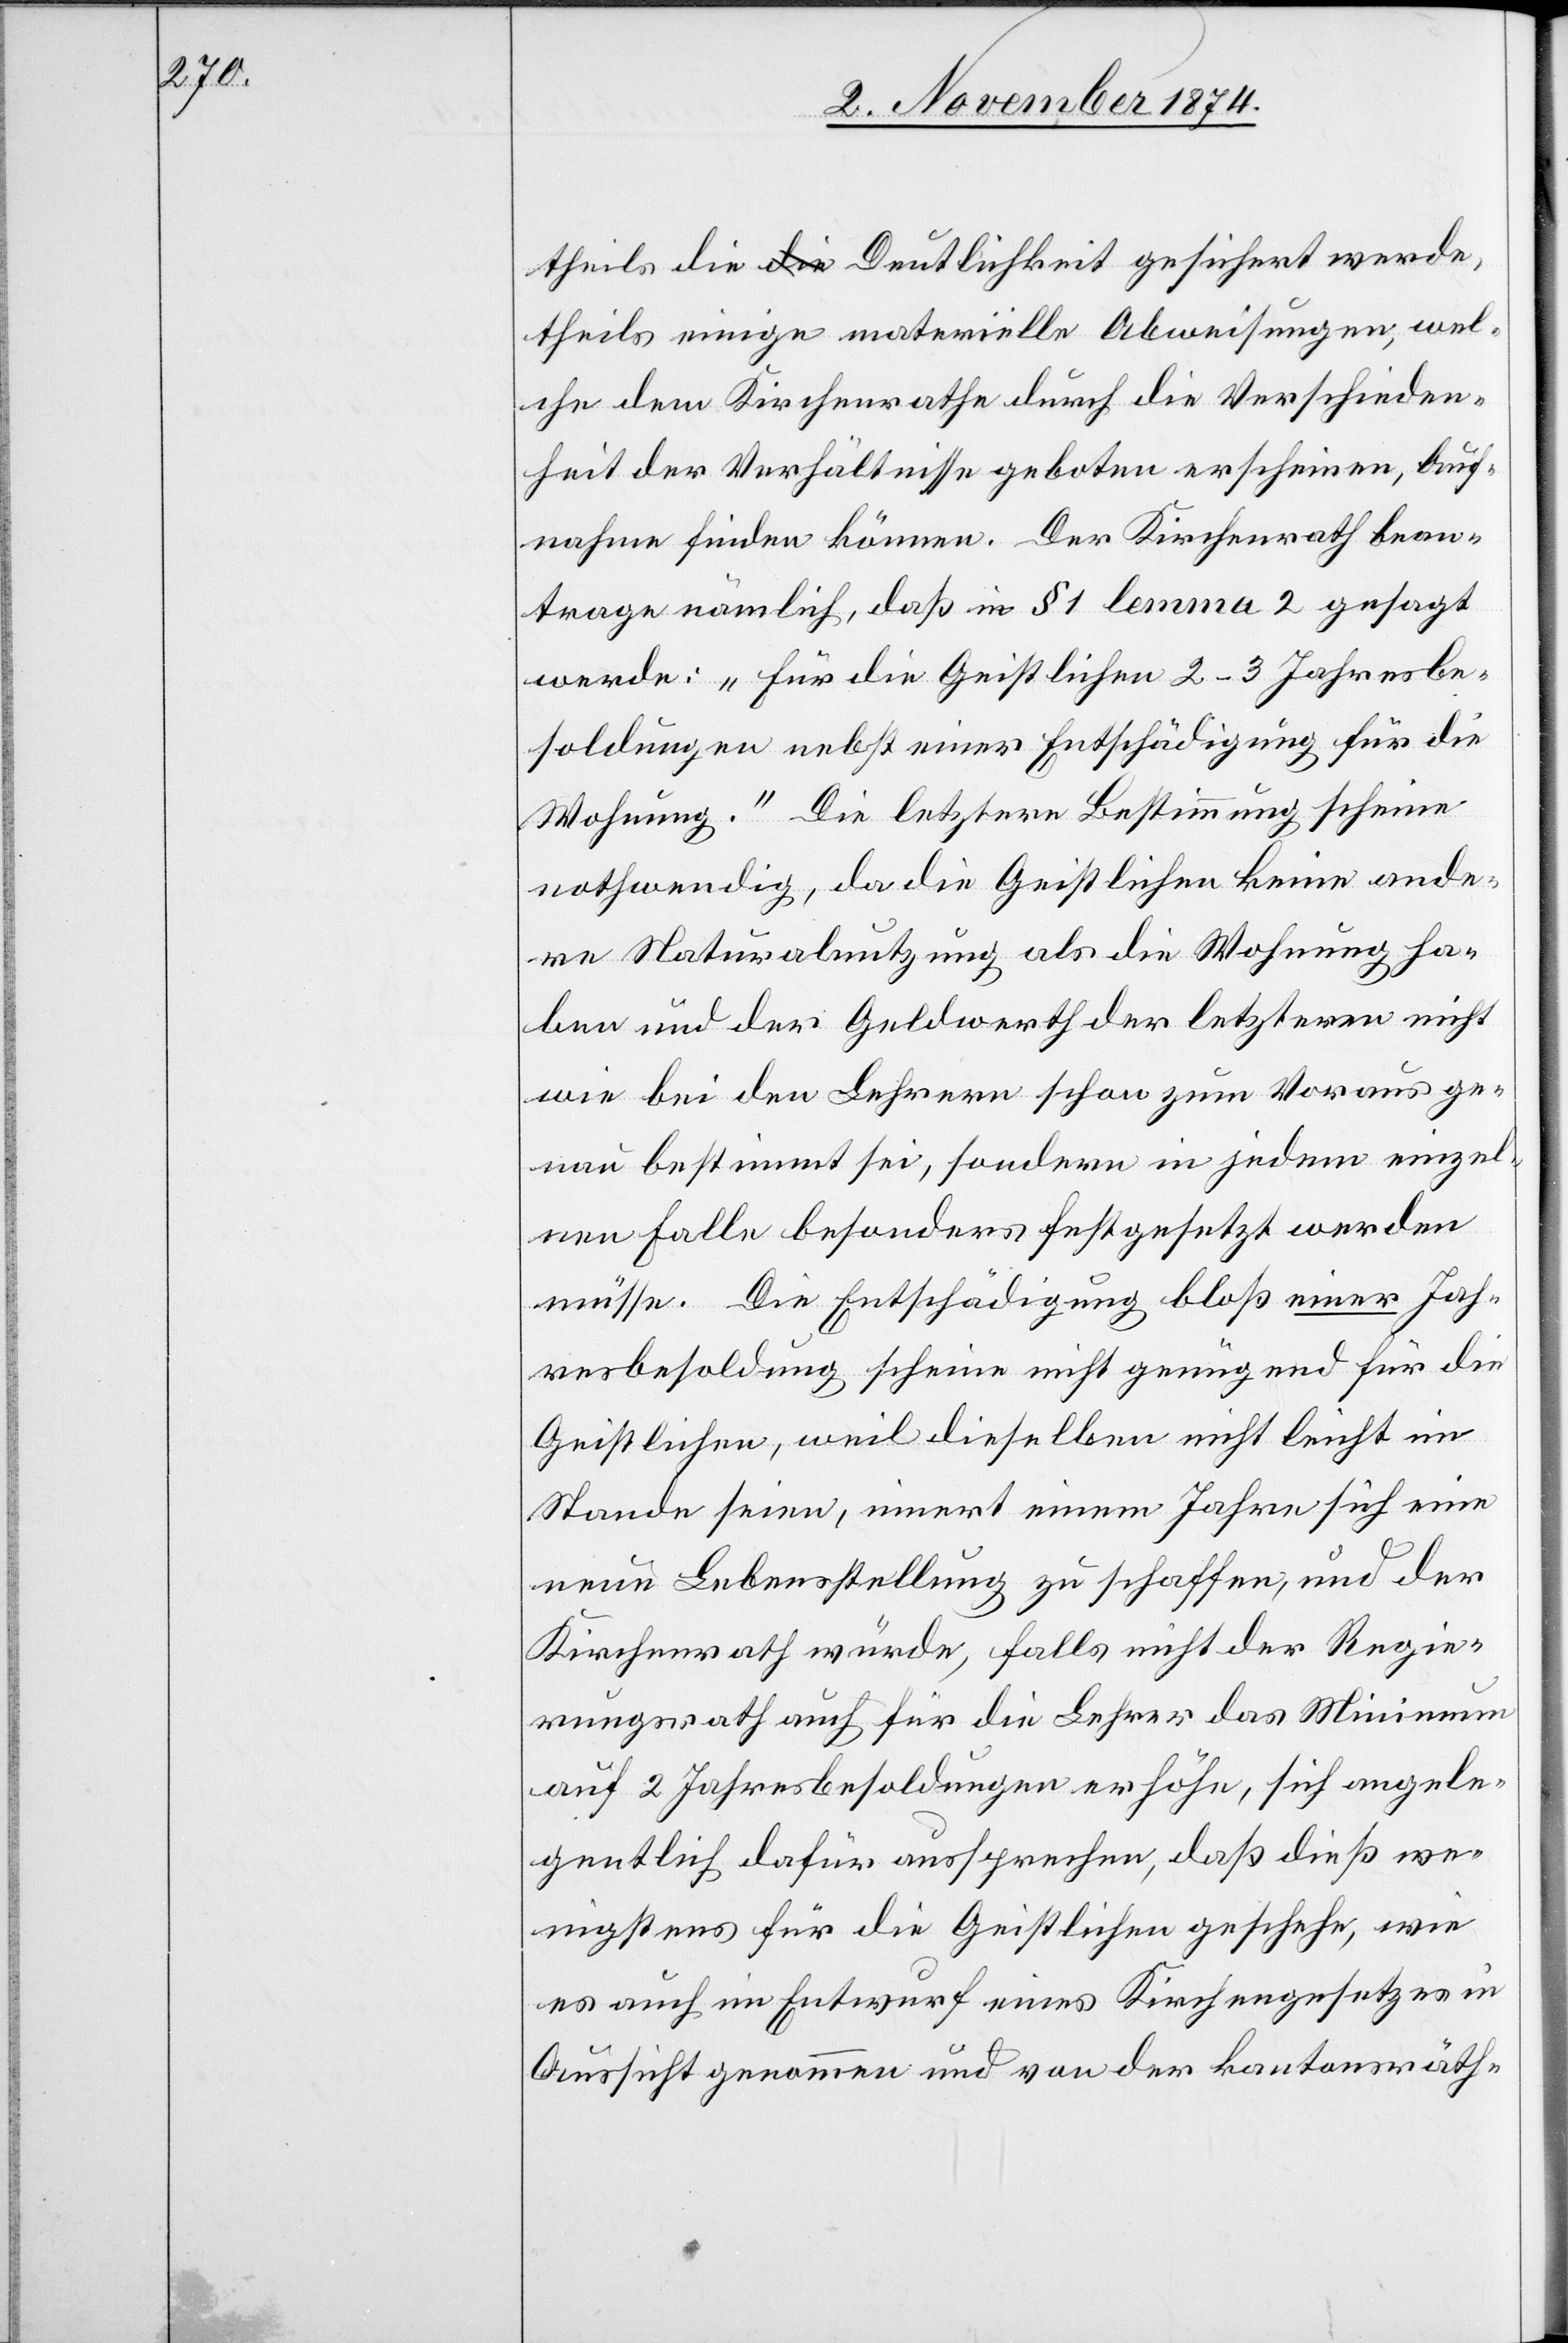
theils die Deutlichkeit gesichert werde,
theils einige materielle Abweisungen, wel¬
che dem Kirchenrathe durch die Verschieden¬
heit der Verhältnisse geboten erscheinen, Auf¬
nahme finden können. Der Kirchenrath bean¬
trage nämlich, daß in § 1 lemma 2 gesagt
werde: „Für die Geistlichen 2–3 Jahresbe¬
soldungen nebst einer Entschädigung für die
Wohnung.“ Die letztere Bestimmung scheine
nothwendig, da die Geistlichen keine ande¬
re Naturalnutzung als die Wohnung ha¬
ben und der Geldwerth der letztern nicht
wie bei den Lehrern schon zum Voraus ge¬
nau bestimmt sei, sondern in jedem einzel¬
nen Falle besonders festgesetzt werden
müsse. Die Entschädigung bloß einer Jah¬
resbesoldung scheine nicht genügend für die
Geistlichen, weil dieselben nicht leicht im
Stande seien, innert einem Jahre sich eine
neue Lebensstellung zu schaffen, und der
Kirchenrath würde, falls nicht der Regie¬
rungsrath auch für die Lehrer das Minimum
auf 2 Jahresbesoldungen erhöhe, sich angele¬
gentlich dafür aussprechen, daß dieß we¬
nigstens für die Geistlichen geschehe, wie
es auch im Entwurf eines Kirchengesetzes in
Aussicht genommen und von der kantonsräth-